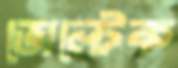
ভোল্টেক